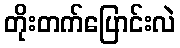
တိုးတက်ပြောင်းလဲ